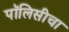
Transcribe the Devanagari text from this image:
पॉलिसीचा